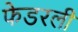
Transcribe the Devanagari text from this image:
फेडरली